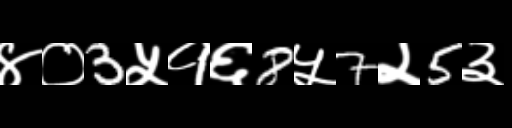
Text: ४०3५१६8५7२5३